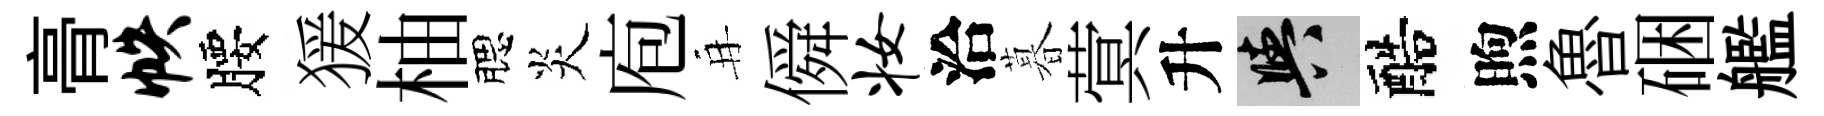
𮌔帙腰猨柚腮炎庖再僢妆洽暮蓂升阳醅煦魯硱艦